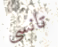
تانسي